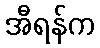
အီရန်က